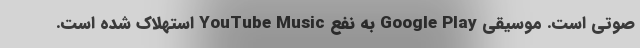
صوتی است. موسیقی Google Play به نفع YouTube Music استهلاک شده است.